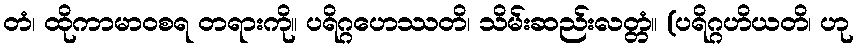
တံ၊ ထိုကာမာဝစရ တရားကို။ ပရိဂ္ဂဟေဿတိ၊ သိမ်းဆည်းလတ္တံ။ (ပရိဂ္ဂဟိယတိ၊ ဟု